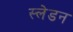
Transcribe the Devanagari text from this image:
स्लेडन